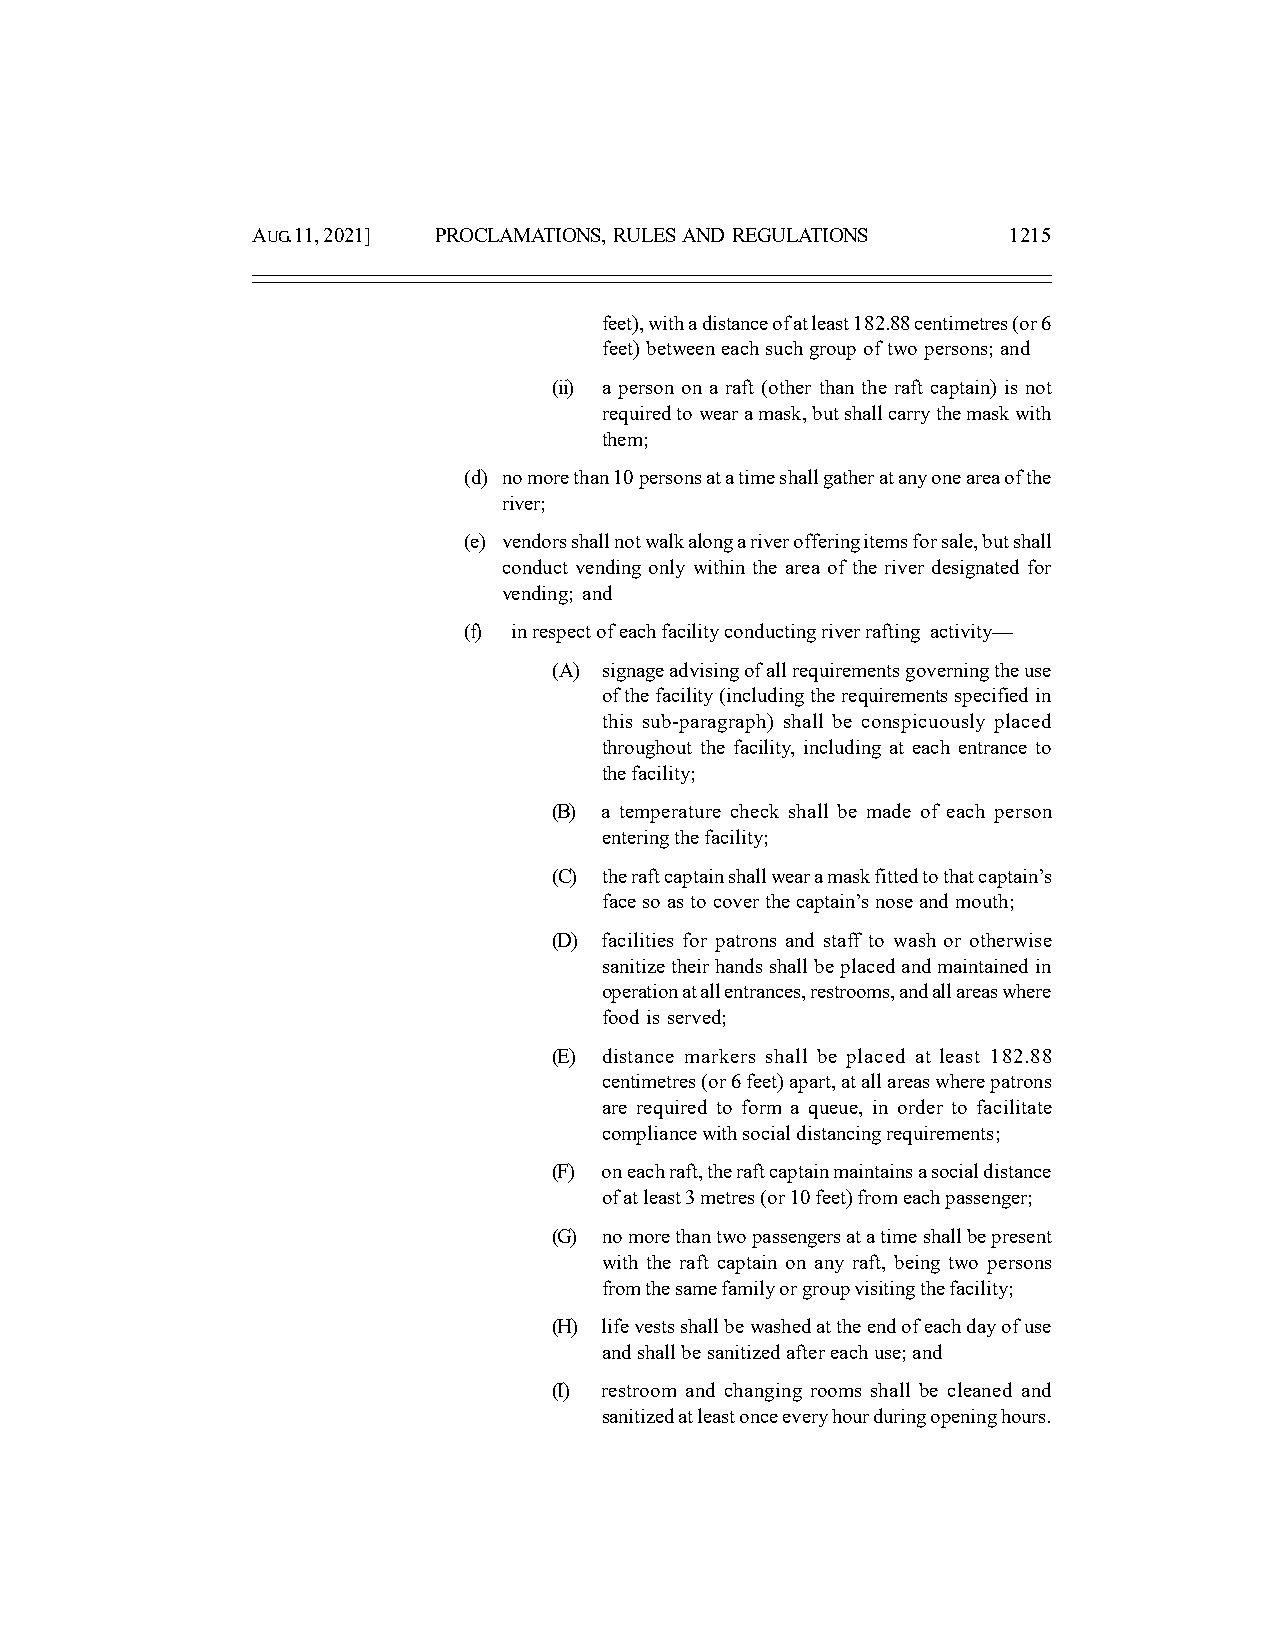
AUG. 11, 2021] PROCLAMATIONS, RULES AND REGULATIONS 1215
 feet), with a distance of at least 182.88 centimetres (or 6
 feet) between each such group of two persons; and
 (ii) a person on a raft (other than the raft captain) is not
 required to wear a mask, but shall carry the mask with
 them;
 (d) no more than 10 persons at a time shall gather at any one area of the
 river;
 (e) vendors shall not walk along a river offering items for sale, but shall
 conduct vending only within the area of the river designated for
 vending; and
 (f) in respect of each facility conducting river rafting activity—
 (A) signage advising of all requirements governing the use
 of the facility (including the requirements specified in
 this sub-paragraph) shall be conspicuously placed
 throughout the facility, including at each entrance to
 the facility;
 (B) a temperature check shall be made of each person
 entering the facility;
 (C) the raft captain shall wear a mask fitted to that captain’s
 face so as to cover the captain’s nose and mouth;
 (D) facilities for patrons and staff to wash or otherwise
 sanitize their hands shall be placed and maintained in
 operation at all entrances, restrooms, and all areas where
 food is served;
 (E) distance markers shall be placed at least 182.88
 centimetres (or 6 feet) apart, at all areas where patrons
 are required to form a queue, in order to facilitate
 compliance with social distancing requirements;
 (F) on each raft, the raft captain maintains a social distance
 of at least 3 metres (or 10 feet) from each passenger;
 (G) no more than two passengers at a time shall be present
 with the raft captain on any raft, being two persons
 from the same family or group visiting the facility;
 (H) life vests shall be washed at the end of each day of use
 and shall be sanitized after each use; and
 (I) restroom and changing rooms shall be cleaned and
 sanitized at least once every hour during opening hours.